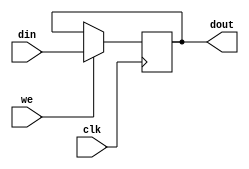
module register 
	#(parameter width = 32)
	(
		input [width-1:0] din, // input
		input clk, 
		input we, 
		output reg [width-1:0] dout // output 
	);

	initial dout = 0;	
	always @(posedge clk) begin
		if (we) dout <= din;
	end
		
endmodule